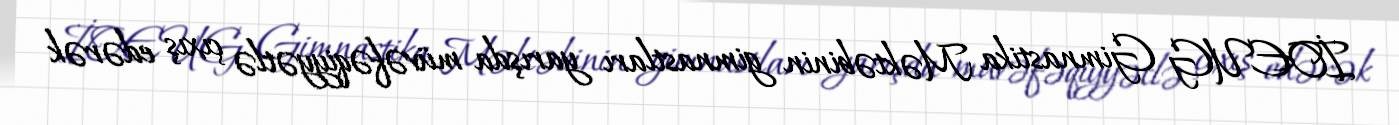
İOEUG Gimnastika Məktəbinin gimnastları yarışda müvəfəqiyyətlə çıxış edərək